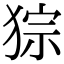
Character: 猔